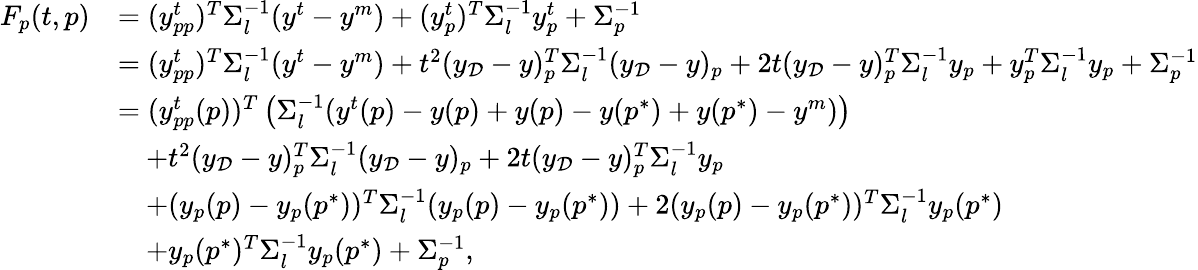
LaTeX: \begin{array}{rl}{F_{p}(t,p)}&{=(y_{pp}^{t})^{T}\Sigma_{l}^{-1}(y^{t}-y^{m})+(y_{p}^{t})^{T}\Sigma_{l}^{-1}y_{p}^{t}+\Sigma_{p}^{-1}}\\ &{=(y_{pp}^{t})^{T}\Sigma_{l}^{-1}(y^{t}-y^{m})+t^{2}(y_{\mathcal{D}}-y)_{p}^{T}\Sigma_{l}^{-1}(y_{\mathcal{D}}-y)_{p}+2t(y_{\mathcal{D}}-y)_{p}^{T}\Sigma_{l}^{-1}y_{p}+y_{p}^{T}\Sigma_{l}^{-1}y_{p}+\Sigma_{p}^{-1}}\\ &{=(y_{pp}^{t}(p))^{T}\left(\Sigma_{l}^{-1}(y^{t}(p)-y(p)+y(p)-y(p^{*})+y(p^{*})-y^{m})\right)}\\ &{\quad+t^{2}(y_{\mathcal{D}}-y)_{p}^{T}\Sigma_{l}^{-1}(y_{\mathcal{D}}-y)_{p}+2t(y_{\mathcal{D}}-y)_{p}^{T}\Sigma_{l}^{-1}y_{p}}\\ &{\quad+(y_{p}(p)-y_{p}(p^{*}))^{T}\Sigma_{l}^{-1}(y_{p}(p)-y_{p}(p^{*}))+2(y_{p}(p)-y_{p}(p^{*}))^{T}\Sigma_{l}^{-1}y_{p}(p^{*})}\\ &{\quad+y_{p}(p^{*})^{T}\Sigma_{l}^{-1}y_{p}(p^{*})+\Sigma_{p}^{-1},}\end{array}